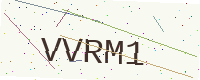
Text: VVRM1